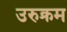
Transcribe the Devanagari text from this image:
उरुक्रम